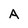
Character: A